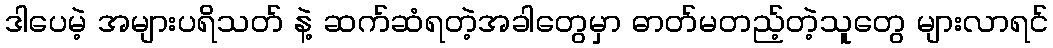
ဒါပေမဲ့ အများပရိသတ် နဲ့ ဆက်ဆံရတဲ့အခါတွေမှာ ဓာတ်မတည့်တဲ့သူတွေ များလာရင်